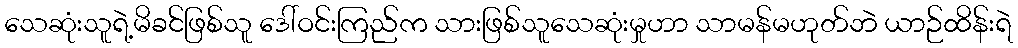
သေဆုံးသူရဲ့မိခင်ဖြစ်သူ ဒေါ်ဝင်းကြည်က သားဖြစ်သူသေဆုံးမှုဟာ သာမန်မဟုတ်ဘဲ ယာဉ်ထိန်းရဲ